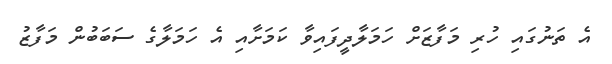
އެ ތަނުގައި ހުރި މަފާޒަށް ހަމަލާދީފައިވާ ކަމަށާއި އެ ހަމަލާގެ ސަބަބުން މަފާޒު